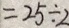
= 2 5 \div 2